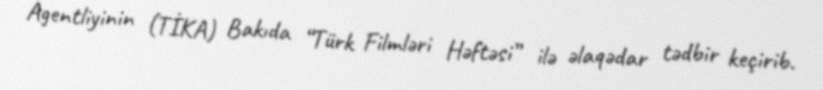
Agentliyinin (TİKA) Bakıda “Türk Filmləri Həftəsi” ilə əlaqədar tədbir keçirib.